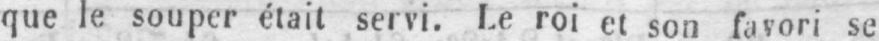
que le souper était servi. Le roi et son favori se